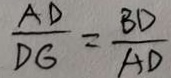
\frac { A D } { D G } = \frac { B D } { A D }